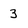
Character: 3